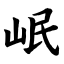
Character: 岷